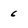
Character: 6